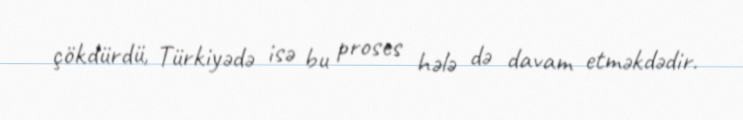
çökdürdü, Türkiyədə isə bu proses hələ də davam etməkdədir.